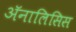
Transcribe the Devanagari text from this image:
अॅनालिसिस